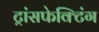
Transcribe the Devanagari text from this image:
ट्रांसफेक्टिंग